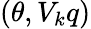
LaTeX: (\theta,V_{k}q)